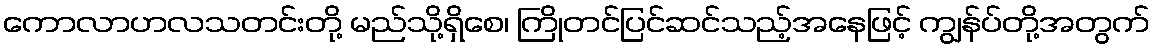
ကောလာဟလသတင်းတို့ မည်သို့ရှိစေ၊ ကြိုတင်ပြင်ဆင်သည့်အနေဖြင့် ကျွန်ပ်တို့အတွက်